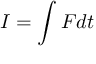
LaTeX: I = \int F d t